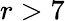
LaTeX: r>7